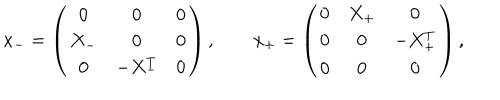
LaTeX: x _ { - } = \left( \begin{array} { c c c } { { 0 } } & { { 0 } } & { { 0 } } \\ { { X _ { - } } } & { { 0 } } & { { 0 } } \\ { { 0 } } & { { - X _ { - } ^ { T } } } & { { 0 } } \\ \end{array} \right) , \qquad x _ { + } = \left( \begin{array} { c c c } { { 0 } } & { { X _ { + } } } & { { 0 } } \\ { { 0 } } & { { 0 } } & { { - X _ { + } ^ { T } } } \\ { { 0 } } & { { 0 } } & { { 0 } } \\ \end{array} \right) ,